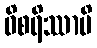
ဝိစရိဿာမိ